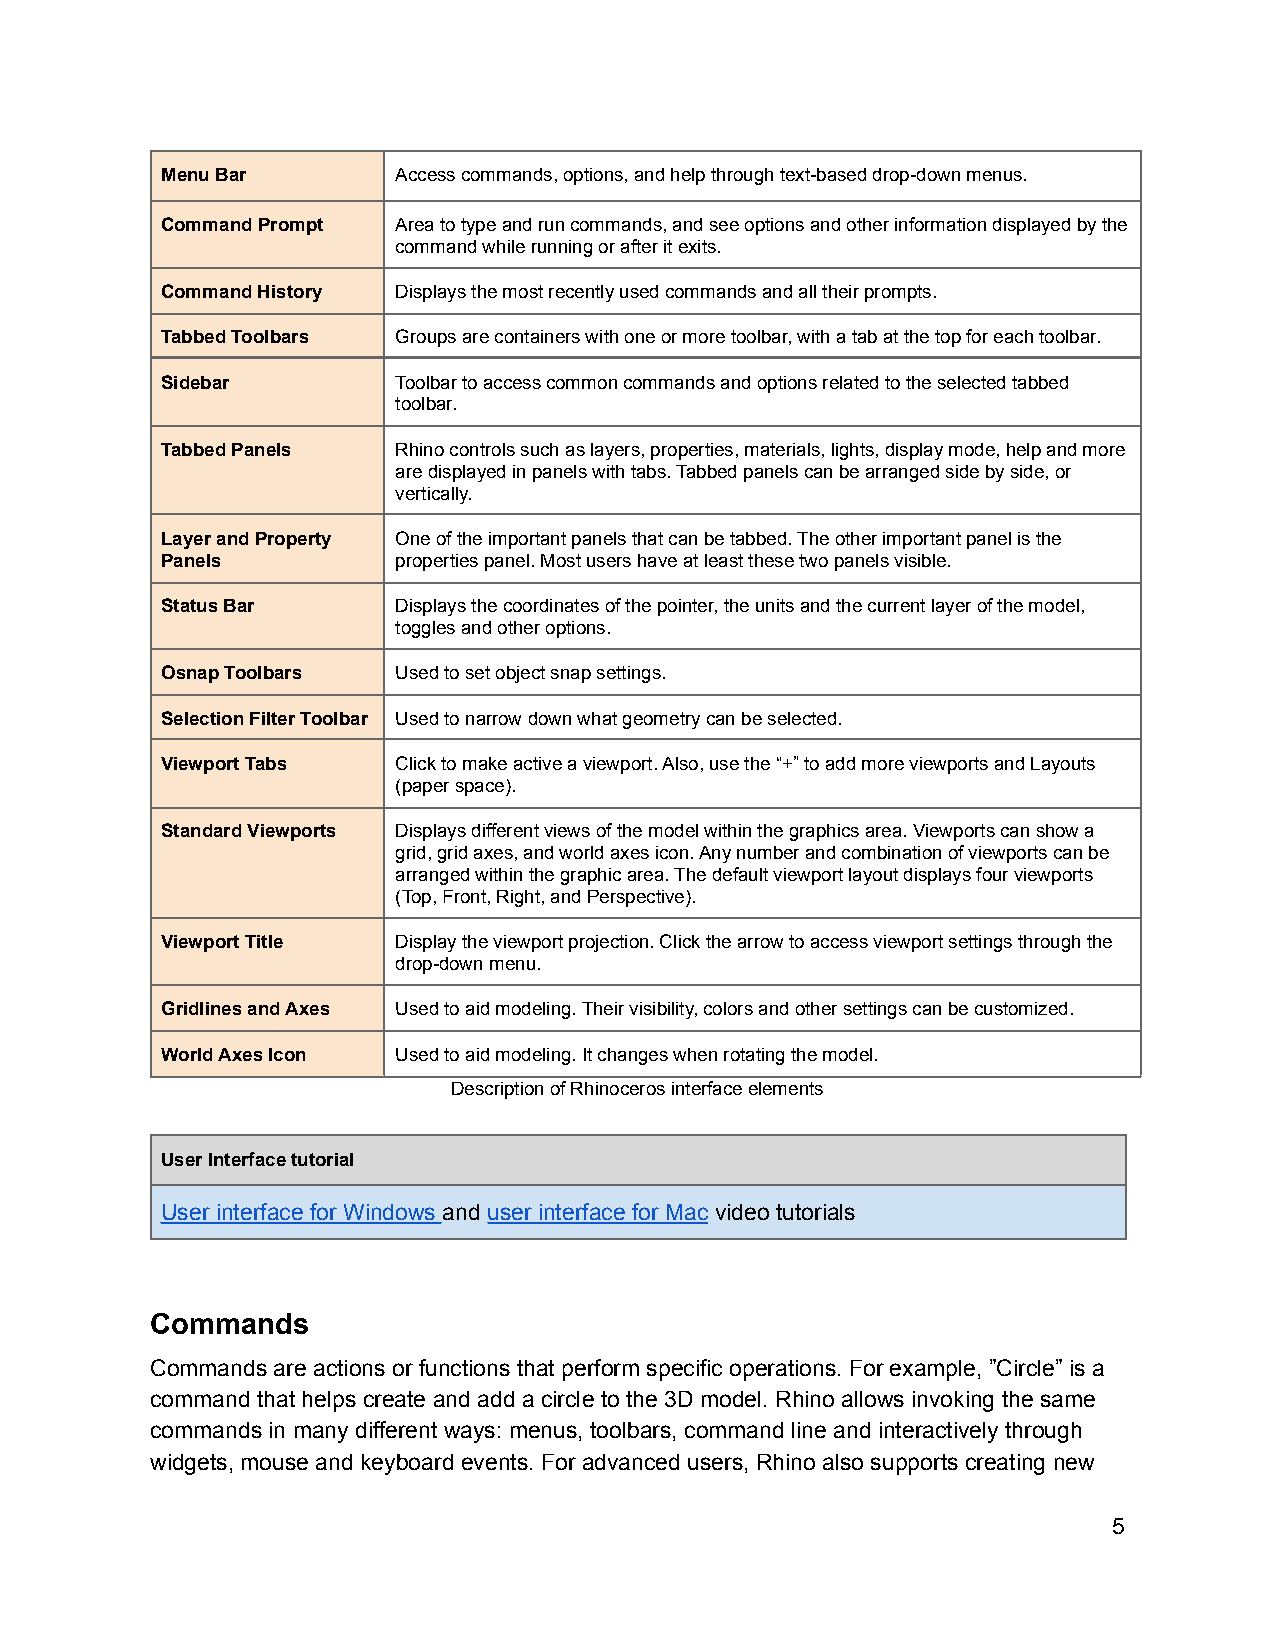
Menu Bar       Access commands, options, and help through text-based drop-down menus.
 Command Prompt Area to type and run commands, and see options and other information displayed by the
 command while running or after it exits.
 Command History Displays the most recently used commands and all their prompts.
 Tabbed Toolbars Groups are containers with one or more toolbar, with a tab at the top for each toolbar.
 Sidebar        Toolbar to access common commands and options related to the selected tabbed
 toolbar.
 Tabbed Panels  Rhino controls such as layers, properties, materials, lights, display mode, help and more
 are displayed in panels with tabs. Tabbed panels can be arranged side by side, or
 vertically.
 Layer and Property One of the important panels that can be tabbed. The other important panel is the
 Panels         properties panel. Most users have at least these two panels visible.
 Status Bar     Displays the coordinates of the pointer, the units and the current layer of the model,
 toggles and other options.
 Osnap Toolbars Used to set object snap settings.
 Selection Filter Toolbar Used to narrow down what geometry can be selected.
 Viewport Tabs  Click to make active a viewport. Also, use the “+” to add more viewports and Layouts
 (paper space).
 Standard Viewports Displays different views of the model within the graphics area. Viewports can show a
 grid, grid axes, and world axes icon. Any number and combination of viewports can be
 arranged within the graphic area. The default viewport layout displays four viewports
 (Top, Front, Right, and Perspective).
 Viewport Title Display the viewport projection. Click the arrow to access viewport settings through the
 drop-down menu.
 Gridlines and Axes Used to aid modeling. Their visibility, colors and other settings can be customized.
 World Axes Icon Used to aid modeling. It changes when rotating the model.
 Description of Rhinoceros interface elements
 User Interface tutorial
 User interface for Windows and user interface for Mac video tutorials
 Commands
 Commands are actions or functions that perform specific operations. For example, ”Circle” is a
 command that helps create and add a circle to the 3D model. Rhino allows invoking the same
 commands in many different ways: menus, toolbars, command line and interactively through
 widgets, mouse and keyboard events. For advanced users, Rhino also supports creating new
 5